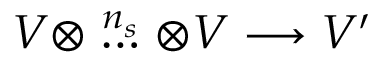
V \otimes \stackrel { n _ { s } } { \ldots } \otimes V \longrightarrow V ^ { \prime }